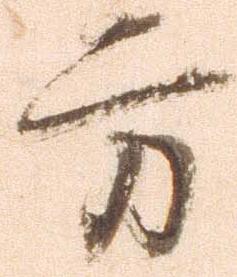
方